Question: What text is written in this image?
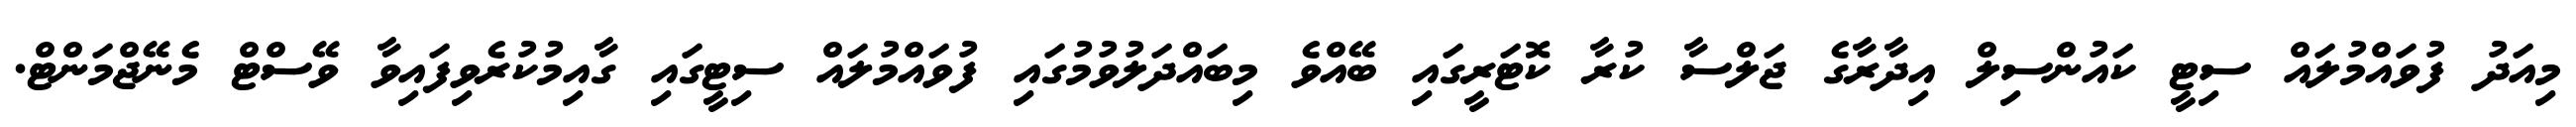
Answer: މިއަދު ފުވައްމުލައް ސިޓީ ކައުންސިލް އިދާރާގެ ޖަލްސާ ކުރާ ކޮޓަރީގައި ބޭއްވެ މިބައްދަލުވުމުގައި ފުވައްމުލައް ސިޓީގައި ގާއިމުކުރެވިފައިވާ ވޭސްޓް މެނޭޖްމަންޓް.